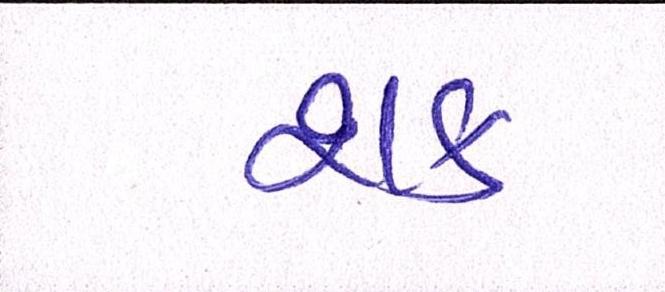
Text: શક